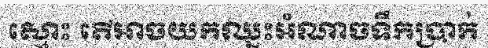
ស្មោះ តើអាចយកឈ្នះអំណាចទឹកប្រាក់